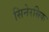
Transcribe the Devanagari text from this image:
सिनेरसिक